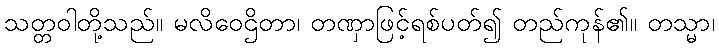
သတ္တဝါတို့သည်။ မလိဝေဌိတာ၊ တဏှာဖြင့်ရစ်ပတ်၍ တည်ကုန်၏။ တသ္မာ၊